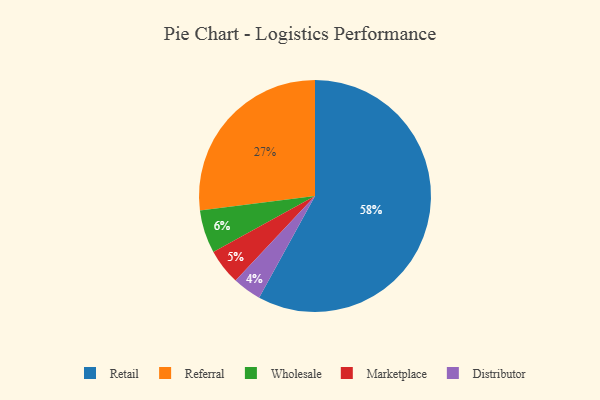
{"axis": {"x": "Category", "y": "Percentage"}, "legend": ["Distributor", "Marketplace", "Referral", "Retail", "Wholesale"], "data": [{"x": "Marketplace", "y": 5, "type": "Marketplace"}, {"x": "Wholesale", "y": 6, "type": "Wholesale"}, {"x": "Distributor", "y": 4, "type": "Distributor"}, {"x": "Retail", "y": 58, "type": "Retail"}, {"x": "Referral", "y": 27, "type": "Referral"}]}